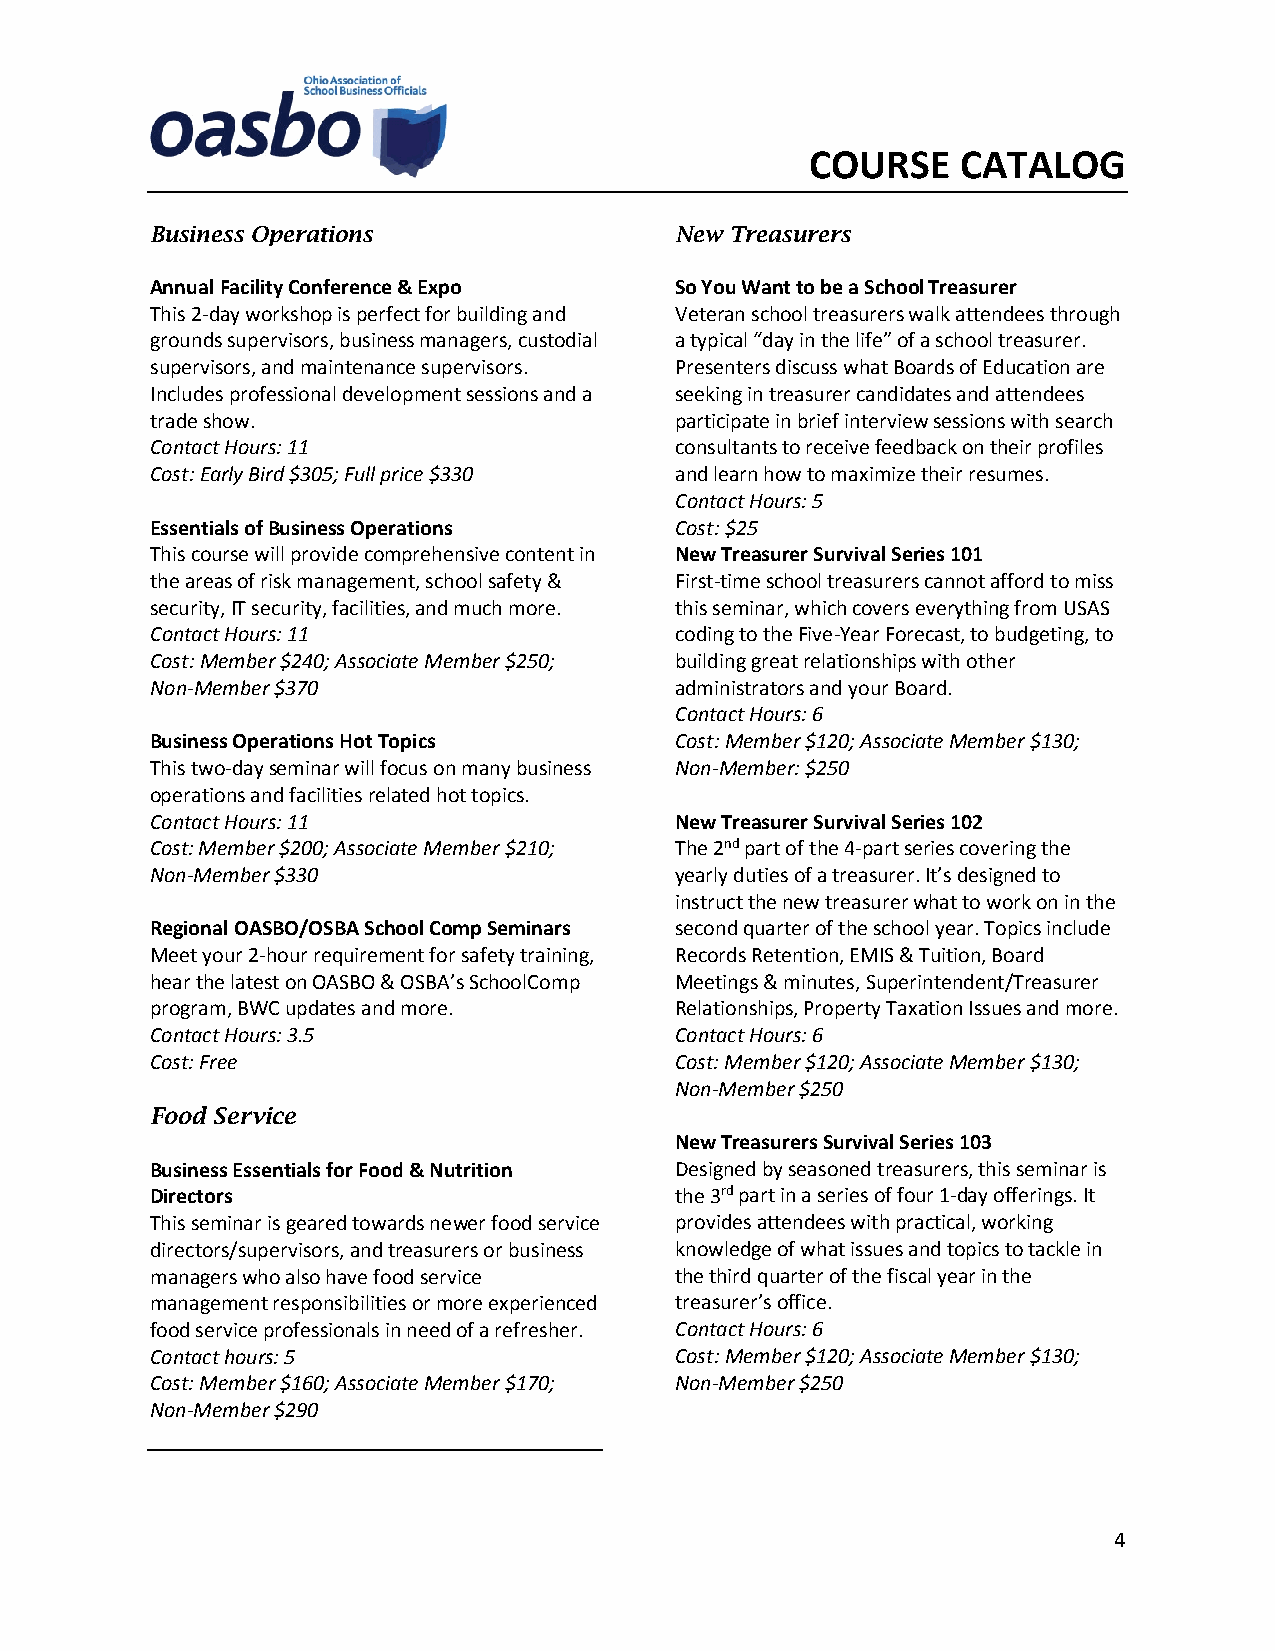
COURSE    CATALOG
 Business Operations                New Treasurers
 Annual Facility Conference & Expo  So You Want to be a School Treasurer
 This 2-day workshop is perfect for building and Veteran school treasurers walk attendees through
 grounds supervisors, business managers, custodial a typical “day in the life” of a school treasurer.
 supervisors, and maintenance supervisors. Presenters discuss what Boards of Education are
 Includes professional development sessions and a seeking in treasurer candidates and attendees
 trade show.                        participate in brief interview sessions with search
 Contact Hours: 11                  consultants to receive feedback on their profiles
 Cost: Early Bird $305; Full price $330 and learn how to maximize their resumes.
 Contact Hours: 5
 Essentials of Business Operations  Cost: $25
 This course will provide comprehensive content in New Treasurer Survival Series 101
 the areas of risk management, school safety & First-time school treasurers cannot afford to miss
 security, IT security, facilities, and much more. this seminar, which covers everything from USAS
 Contact Hours: 11                  coding to the Five-Year Forecast, to budgeting, to
 Cost: Member $240; Associate Member $250; building great relationships with other
 Non-Member $370                    administrators and your Board.
 Contact Hours: 6
 Business Operations Hot Topics     Cost: Member $120; Associate Member $130;
 This two-day seminar will focus on many business Non-Member: $250
 operations and facilities related hot topics.
 Contact Hours: 11                  New Treasurer Survival Series 102
 Cost: Member $200; Associate Member $210; The 2nd part of the 4-part series covering the
 Non-Member $330                    yearly duties of a treasurer. It’s designed to
 instruct the new treasurer what to work on in the
 Regional OASBO/OSBA School Comp Seminars second quarter of the school year. Topics include
 Meet your 2-hour requirement for safety training, Records Retention, EMIS & Tuition, Board
 hear the latest on OASBO & OSBA’s SchoolComp Meetings & minutes, Superintendent/Treasurer
 program, BWC updates and more.     Relationships, Property Taxation Issues and more.
 Contact Hours: 3.5                 Contact Hours: 6
 Cost: Free                         Cost: Member $120; Associate Member $130;
 Non-Member $250
 Food Service
 New Treasurers Survival Series 103
 Business Essentials for Food & Nutrition Designed by seasoned treasurers, this seminar is
 Directors                          the 3rd part in a series of four 1-day offerings. It
 This seminar is geared towards newer food service provides attendees with practical, working
 directors/supervisors, and treasurers or business knowledge of what issues and topics to tackle in
 managers who also have food service the third quarter of the fiscal year in the
 management responsibilities or more experienced treasurer’s office.
 food service professionals in need of a refresher. Contact Hours: 6
 Contact hours: 5                   Cost: Member $120; Associate Member $130;
 Cost: Member $160; Associate Member $170; Non-Member $250
 Non-Member $290
 4